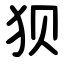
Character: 狈